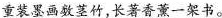
重装墨画数茎竹，长著香薰一架书。